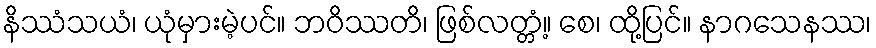
နိဿံသယံ၊ ယုံမှားမဲ့ပင်။ ဘဝိဿတိ၊ ဖြစ်လတ္တံ့။ စေ၊ ထို့ပြင်။ နာဂသေနဿ၊